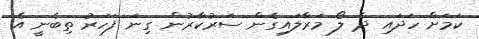
ކަމަށް ހަދައި ދެ ލޯ މަރާލައިގެން ސަރުކާރުން ގިނަ ފަހަރު ތިބެނީ އެ